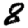
Digit: 8